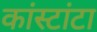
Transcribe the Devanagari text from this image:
कांस्टांटा